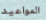
المواعيد